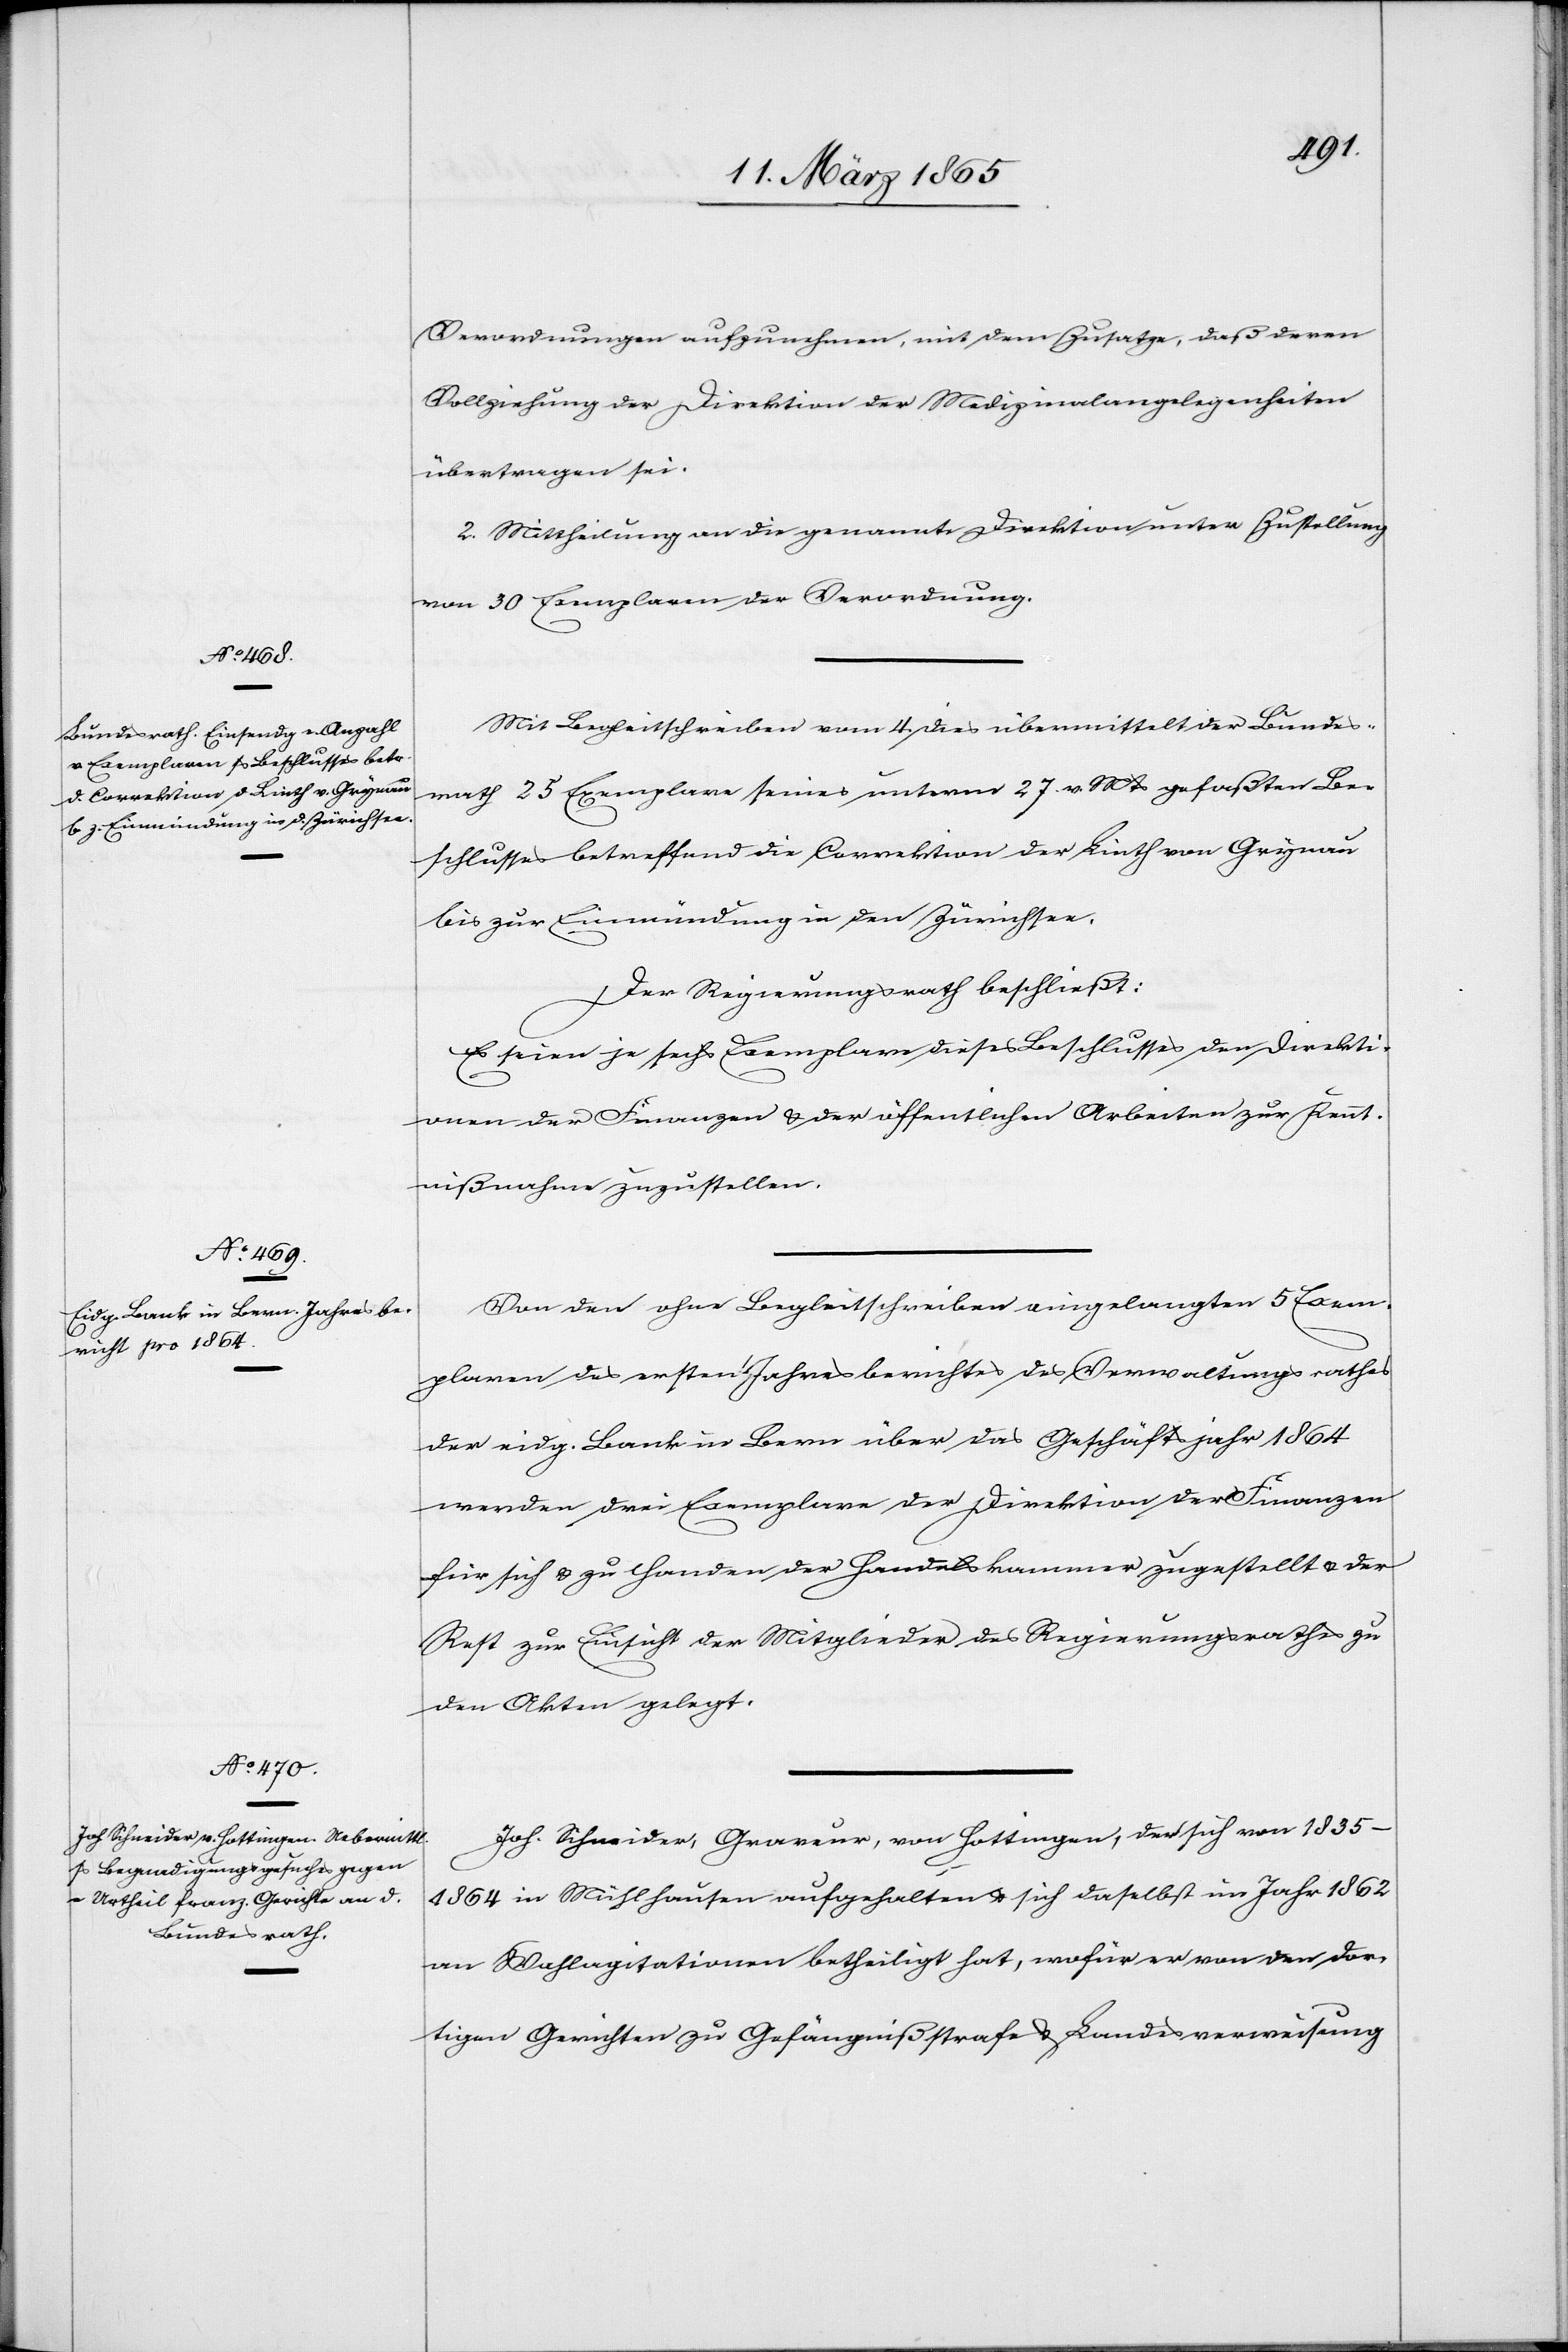
Verordnungen aufzunehmen, mit dem Zusatze, daß deren
Vollziehung der Direktion der Medizinalangelegenheiten
übertragen sei.
2. Mittheilung an die genannte Direktion unter Zustellung
von 30 Exemplaren der Verordnung.
Mit Begleitschreiben vom 4. dies übermittelt der Bundes¬
rath 25 Exemplare seines unterm 27. v. Mts gefaßten Be¬
schlusses betreffend die Correktion der Linth von Grynau
bis zur Einmündung in den Zürichsee.
Der Regierungsrath beschließt:
Es seien je sechs Exemplare dieses Beschlusses den Direkti¬
onen der Finanzen & der öffentlichen Arbeiten zur Kennt¬
nißnahme zuzustellen.
Von den ohne Begleitschreiben eingelangten 5 Exem¬
plaren des ersten Jahresberichtes des Verwaltungsrathes
der eidg. Bank in Bern über das Geschäftsjahr 1864
werden drei Exemplare der Direktion der Finanzen
für sich & zu Handen der Handelskammer zugestellt u. der
Rest zur Einsicht der Mitglieder des Regierungsrathes zu
den Akten gelegt.
Joh. Schneider, Graveur, von Hottingen, der sich von 1835–1864
in Mühlhausen aufgehalten u. sich daselbst im Jahr 1862
an Wahlagitationen betheiligt hat, wofür er von den dor¬
tigen Gerichten zu Gefängnißstrafe & Landesverweisung